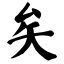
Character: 矣